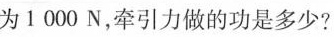
为1000N，牵引力做的功是多少?